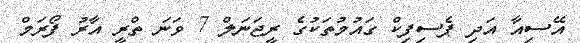
އޭސިއާ އަދި ޕެސިފިކް ގައުމުތަކުގެ ރީޖަނަލް 7 ވަނަ ތްރީ އާރު ފޯރަމް